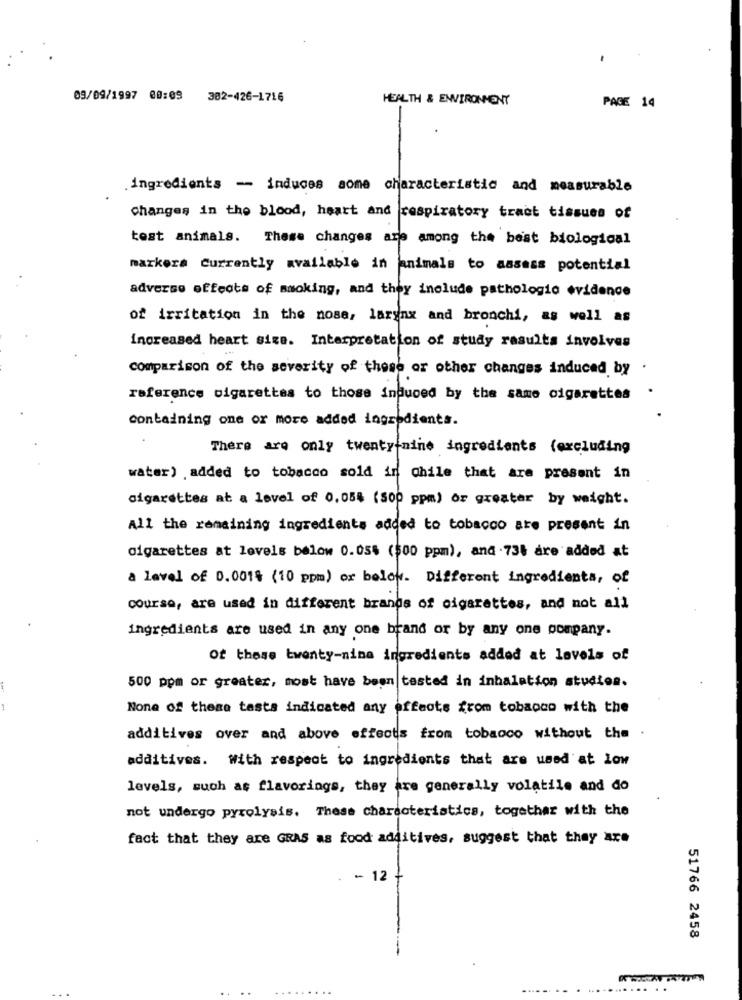
09/09/1997 00:09
302-426-1716
HEALTH & ENVIRONMENT
PAGE 14
-
ingredients - induces some characteristic and measurable
Changes in the blood, heart and respiratory tract tissues of
test animals. These changes are among the best biological
markera currently available in animals to assess potential
adverse effects of smoking, and they include pathologic evidence
of irritation in the nose, larynx and bronchi, as well as
increased heart size. Interpretation of study results involves
comparison of the severity of these or other changes induced by .
reference cigarettes to those induced by the same cigarettes .
containing one or more added ingredients.
There are only twentyinine ingredients (excluding
water) .added to tobacco sold in Chile that are present in
cigarettes at a level of 0,05% (500 ppm) or greater by weight.
All the remaining ingredients added to tobacco are present in
cigarettes at levels below 0.05$ (500 ppm), and .738 are added at
a Level of 0.001% (10 ppm) or below. Different ingredients, of
courso, are used in different brands of cigarettes, and not all
ingredients are used in any one brand or by any one pompany.
Of these twenty-nina ingredients added at levels of
500 ppm or greater, most have been tested in inhalation studies.
1
None of these tests indicated any offeots from tobacco with the
additives over and above effects from tobacco without the
additives. With respect to ingredients that are used at low
levels, such as flavorings, they are generally volatile and do
not undergo pyrolysis. These characteristics, together with the
fact that they are GRAS as food additives, suggest that they are
- 12
51766 2458